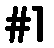
#1